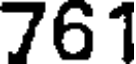
761